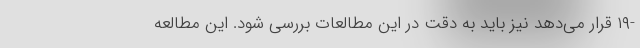
-۱۹ قرار می‌دهد نیز باید به دقت در این مطالعات بررسی شود. این مطالعه